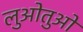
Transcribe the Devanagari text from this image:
लुओतुओ